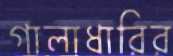
গালাধারির